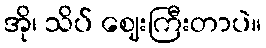
အို၊ သိပ် ဈေးကြီးတာပဲ။